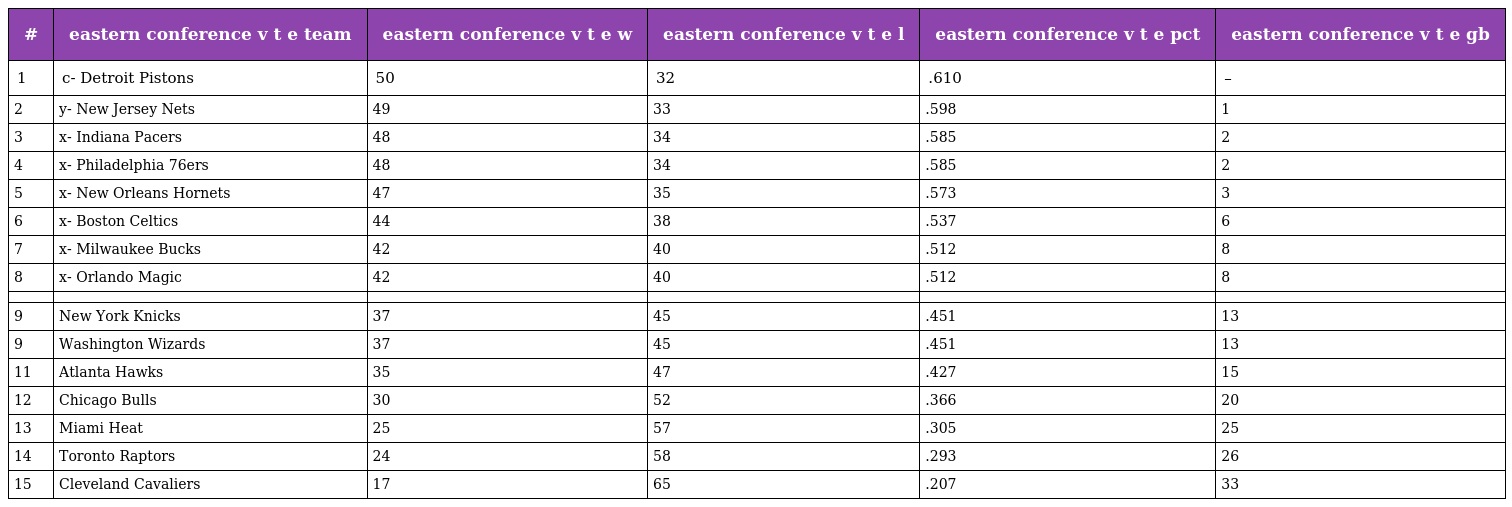
| # | eastern conference v t e team | eastern conference v t e w | eastern conference v t e l | eastern conference v t e pct | eastern conference v t e gb |
 | --- | --- | --- | --- | --- | --- |
 | 1 | c- Detroit Pistons | 50 | 32 | .610 | – |
 | 2 | y- New Jersey Nets | 49 | 33 | .598 | 1 |
 | 3 | x- Indiana Pacers | 48 | 34 | .585 | 2 |
 | 4 | x- Philadelphia 76ers | 48 | 34 | .585 | 2 |
 | 5 | x- New Orleans Hornets | 47 | 35 | .573 | 3 |
 | 6 | x- Boston Celtics | 44 | 38 | .537 | 6 |
 | 7 | x- Milwaukee Bucks | 42 | 40 | .512 | 8 |
 | 8 | x- Orlando Magic | 42 | 40 | .512 | 8 |
 |  |  |  |  |  |  |
 | 9 | New York Knicks | 37 | 45 | .451 | 13 |
 | 9 | Washington Wizards | 37 | 45 | .451 | 13 |
 | 11 | Atlanta Hawks | 35 | 47 | .427 | 15 |
 | 12 | Chicago Bulls | 30 | 52 | .366 | 20 |
 | 13 | Miami Heat | 25 | 57 | .305 | 25 |
 | 14 | Toronto Raptors | 24 | 58 | .293 | 26 |
 | 15 | Cleveland Cavaliers | 17 | 65 | .207 | 33 |